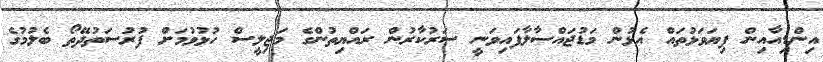
އިންޑިއާއިން ފިޔަވަޅުތައް އެޅުން މަޑުޖައްސާލާފައިވަނީ ސަރުކާރުން ރައްޔިތުންގެ މަޖިލީސް ހުޅުވުމަށް ފުރުސަތުދޭތޯ ބެލުމުގެ